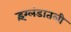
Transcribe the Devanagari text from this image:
इंग्लंडातली